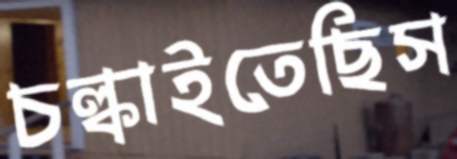
চল্‌কাইতেছিস